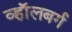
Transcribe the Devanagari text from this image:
व्हाॅलबर्ग